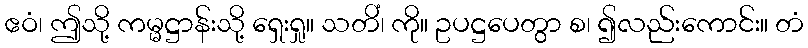
ဧဝံ၊ ဤသို့ ကမ္မဋ္ဌာန်းသို့ ရှေးရှု။ သတိံ၊ ကို။ ဥပဋ္ဌပေတွာ စ၊ ၍လည်းကောင်း။ တံ